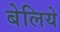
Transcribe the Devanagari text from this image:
बेलिये